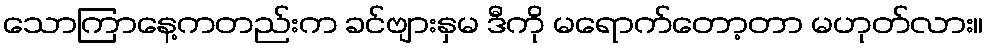
သောကြာနေ့ကတည်းက ခင်ဗျားနှမ ဒီကို မရောက်တော့တာ မဟုတ်လား။